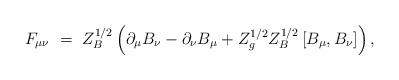
LaTeX: \begin{align*}F_{\mu\nu} \ =\ Z_B^{1/2} \left(\partial_\mu B_\nu - \partial_\nu B_\mu + Z_g^{1/2} Z_B^{1/2} \left[B_\mu,B_\nu \right]\right),\end{align*}